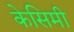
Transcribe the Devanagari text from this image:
केसिमी